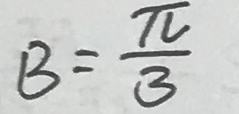
B = \frac { \pi } { 3 }